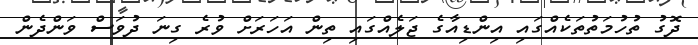
ދޮގު ތުހުމަތުތަކެއްގައި އިންޑިއާގެ ޖަލެއްގައި ތިން އަހަރަށް ވުރެ ގިނަ ދުވަސް ވަންދެން